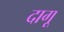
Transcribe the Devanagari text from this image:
दागू